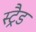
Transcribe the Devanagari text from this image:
स्ट्रैड